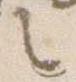
之